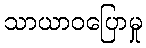
သာယာဝပြောမှု